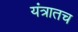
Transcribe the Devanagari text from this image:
यंत्रातच